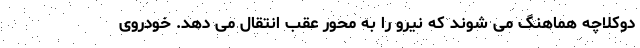
دوکلاچه هماهنگ می شوند که نیرو را به محور عقب انتقال می دهد. خودروی